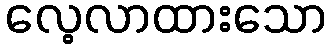
လေ့လာထားသော